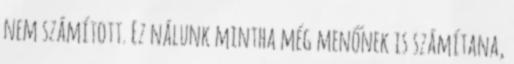
nem számított. Ez nálunk mintha még menőnek is számítana,